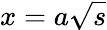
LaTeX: x=a\sqrt{s}